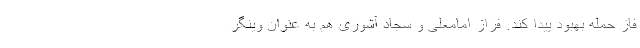
فاز حمله بهبود پیدا کند. فراز امامعلی و سجاد آشوری هم به عنوان وینگر